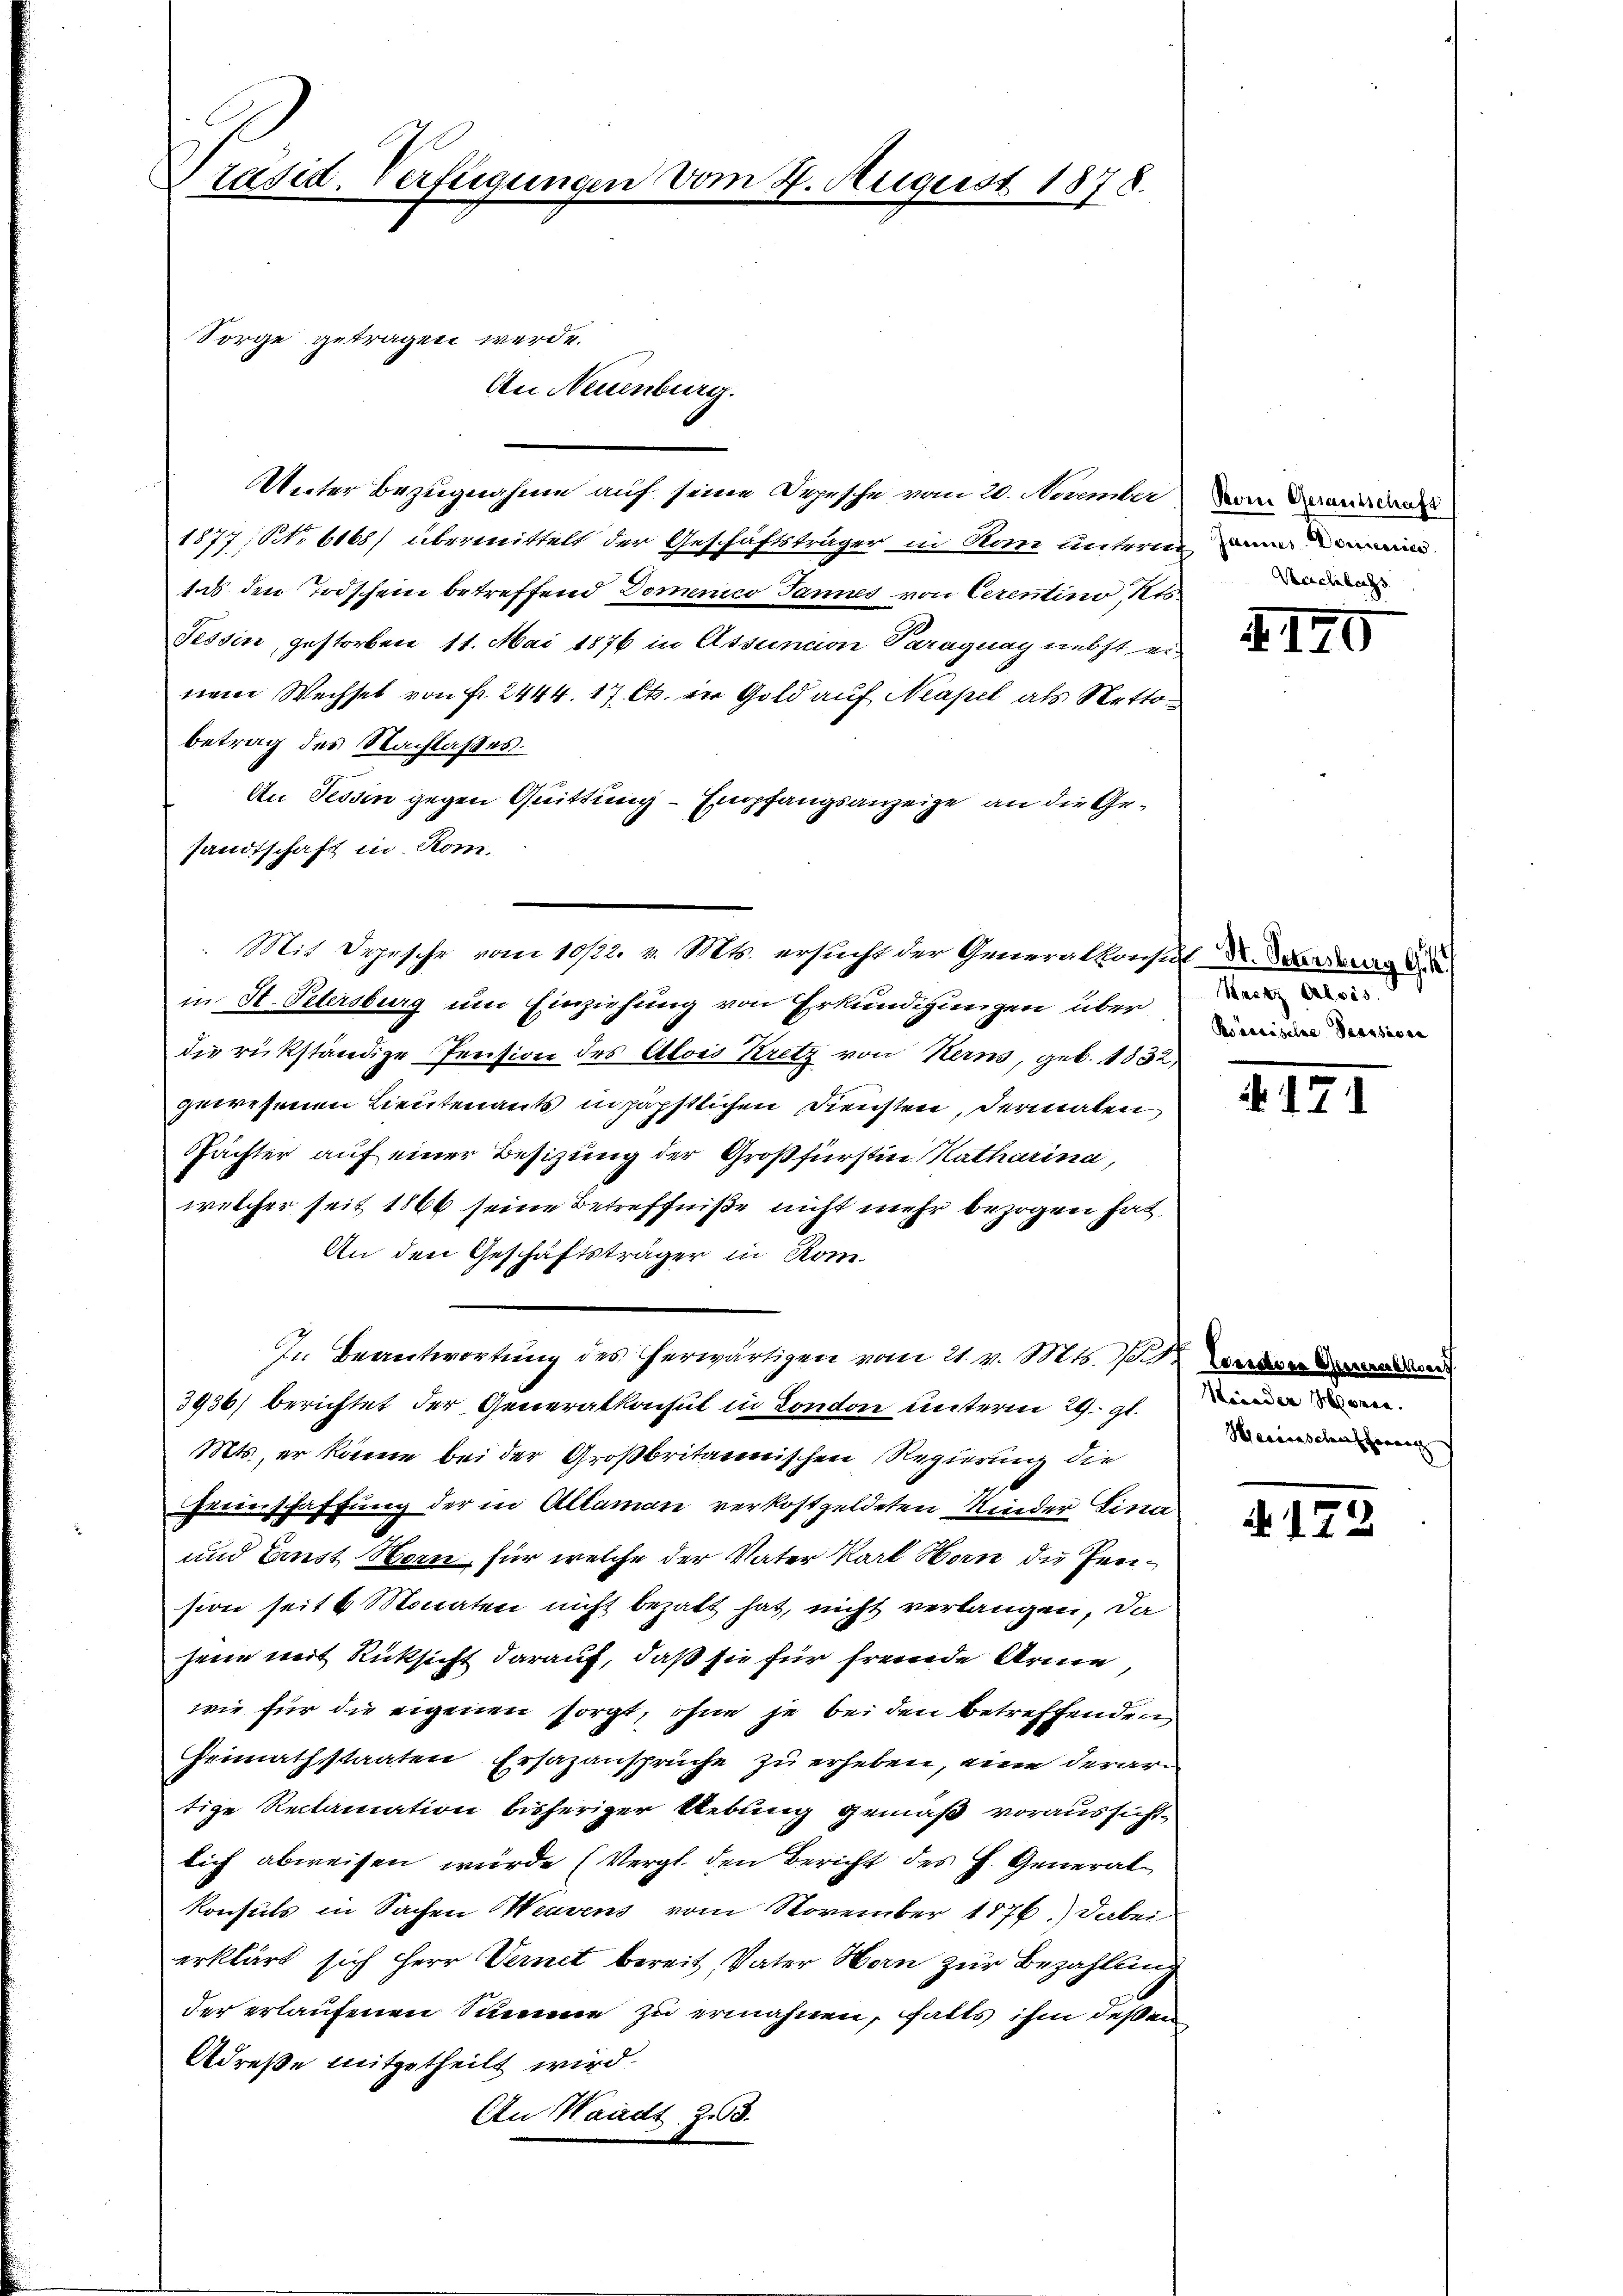
räsid. Verfügun

Sorge getragen werde.

Unter Bezugnahme auf seine Depesche vom 20. November
1877, No 6168) übermittelt der Geschäftsträger in Rom unterm eine
tas den Todschein betreffend Domenico Jannes von Cerentino, Kts.
Tessin, gestorben 11. Mai 1876 in Assuncion Paraguay nebst einem Wechsel von Fr. 2444. 17 Cts. ein Gold auf Neapel als Nettobetrag des Nachlaßes.
An Tessin gegen Quittung - Empfangsanzeige an die Gesandtschaft in Rom.
in St. Petersburg um Einziehung von Erkundigungen über
die rückständige Pension des Alois Kretz von Kerns, geb. 1832
gewesenen Lieutenants in päpstlichen Diensten, dermalen
Spächter auf einer Besizung der Großfürstin Katharina,
welcher seit 1866 seine Betreffniße nicht mehr bezogen hat,
An den Geschäftsträger in Rom
In Beantwortung des herwärtigen vom 21. v. Mts. 1. 1. werden d
3936) berichtet der Generalkonst in Conton unterm 29. gl.
Mts., er könne bei der Großbritannischen Regierung die
Feuerschaffung der in Altaman verkostgeldeten Kinder Fina
und Lust Bern, für welche der Vater Karl Man die Zension seit 6 Monaten nicht bezalt hat, nicht verlangen, da
seien mit Rücksicht darauf, daß sie für fremde Arme,
wie für die eigenen sorgt, ohne je bei den betreffenden
Heimathstaaten Ersazansprüche zu erheben, eine derartige Reclamation bisheriger Uebung gemäß voraussichtlich abweisen wurde (Vergl. den Bericht des H. Generalkonsuls in Sachen Weisens vom November 1876.) Dabei
erklärt sich Herr Vernet bereit, Vater Hern zur Bezahlung
der erlaufenen Summe zu erwähnen, falls ihm deßen
Adreße mitgetheilt wird.
An Waadt. 28.

An Neuenburg.

August 1878.

Mit Depesche vom 10/22. v. Mts. ersucht der Generalkonsul Dr. Brdar

Pomi Gesamtschaft
Nachlachs

4170

Mante Alter
Roreeiseine Pensione

171

Meenden Sonne.
Hexaraschens herung |

A122